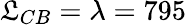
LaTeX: \mathfrak{L}_{CB}=\lambda=795